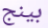
بينج